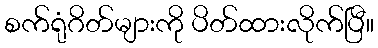
စက်ရုံဂိတ်များကို ပိတ်ထားလိုက်ပြီ။